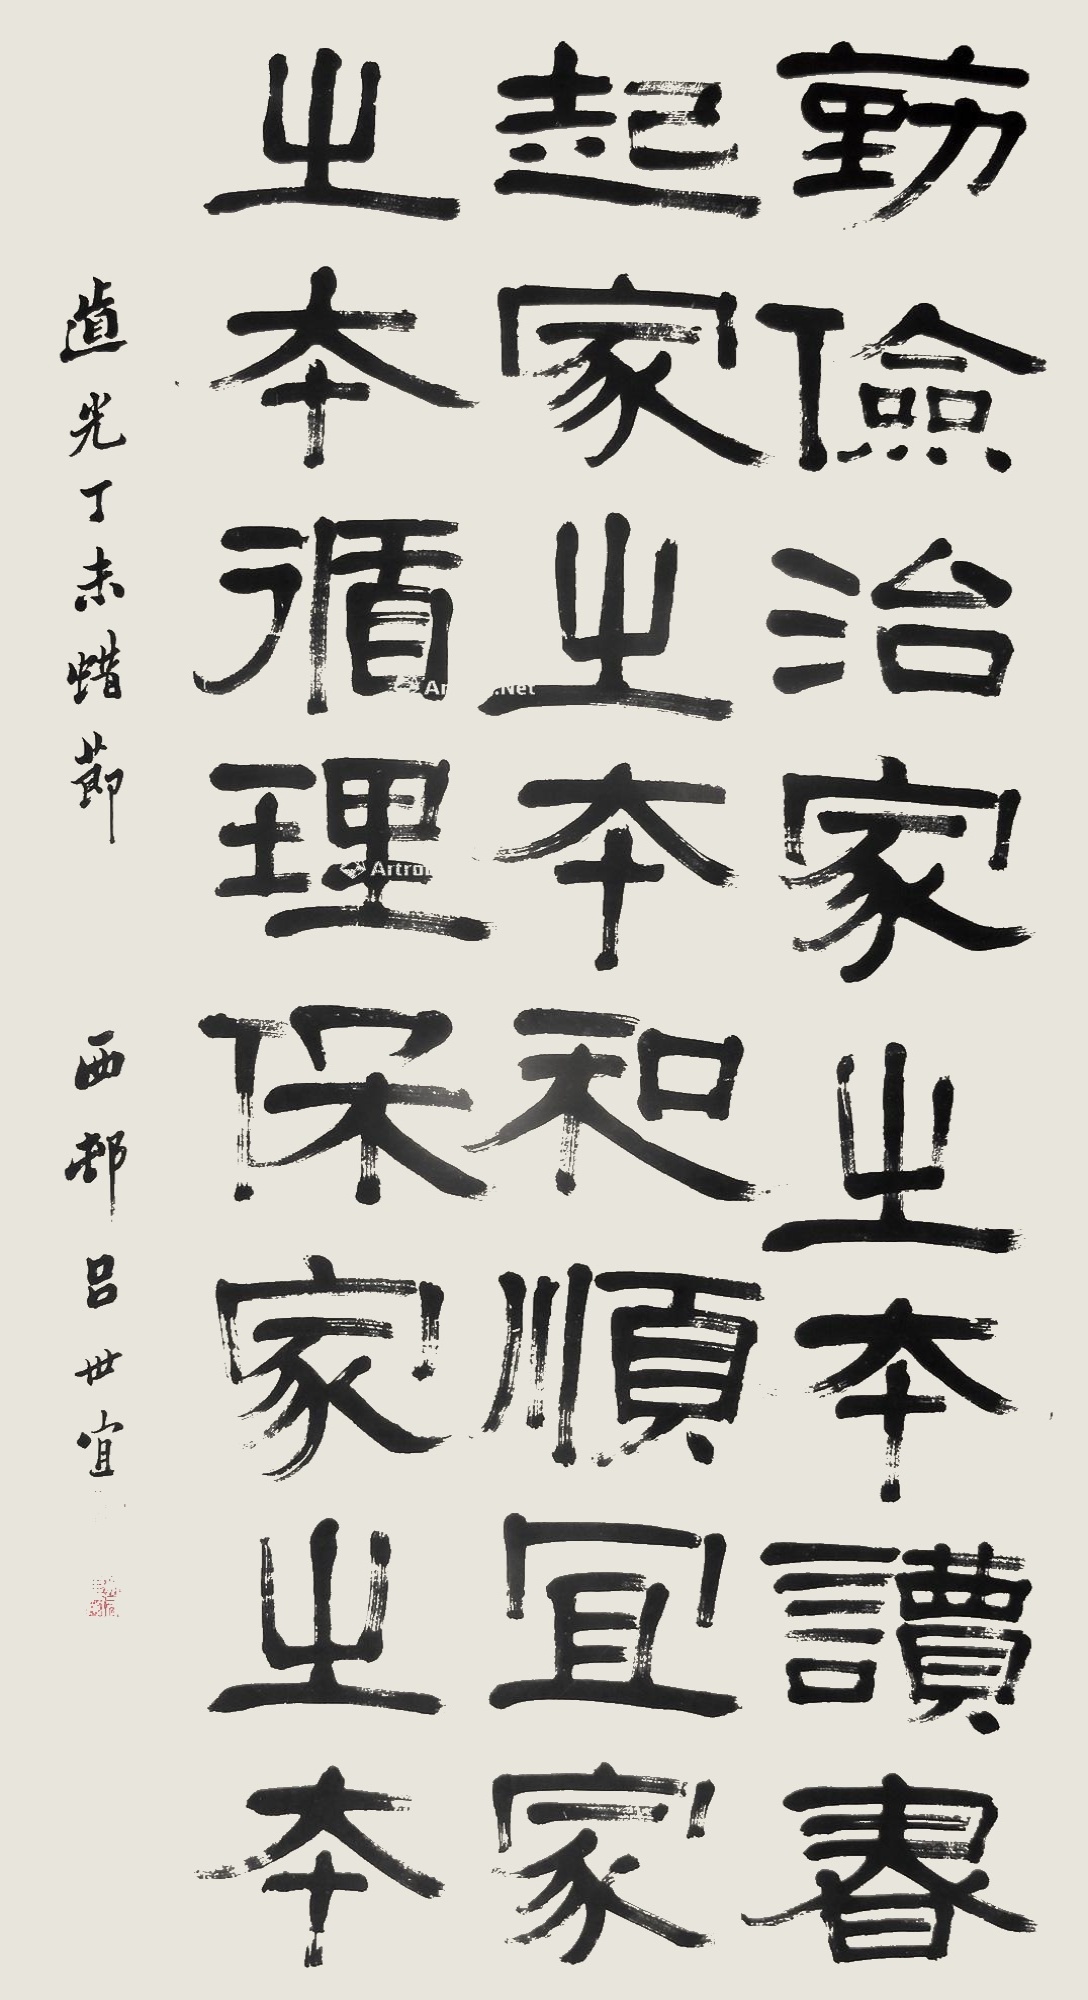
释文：勤俭，治家之本。读书，起家之本。和顺，宜家之本。循理，保家之本。道光丁未（1847年）蜡节，西邨吕世宜。